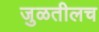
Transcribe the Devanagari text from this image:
जुळतीलच